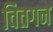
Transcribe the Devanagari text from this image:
वितगन